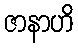
ဇာနာဟိ